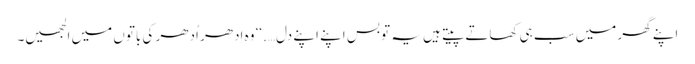
اپنے گھر میں سب ہی کھاتے پیتے ہیں یہ تو بس اپنے اپنے دل….‘‘ وہ اِدھر اُدھر کی باتوں میں الجھیں۔